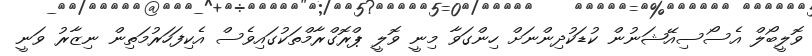
ވޮލީބޯލް އެސޯސިއޭޝަނުން ކުޑަކުދިންނަށް ހިންގަވާ މިނީ ވޮލީ ޕްރޮގްރާމްތަކުގައިވެސް އެކިފަހަރުމަތިން ނިޒާރު ވަނީ